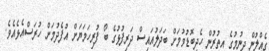
ގެއްލުން ދިނުމުގެ އިތުރުން ހެދިބޮޑުވުމަށް ބަދަލުއައިސް ދަރިފުޅުގެ ބޯ ފުރިހަމަޔަށް އުފެދުމަށް ހުރަސްއެޅެއެވެ.